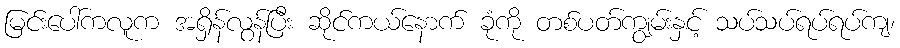
မြင်းပေါ်ကလူက အရှိန်လွန်ပြီး ဆိုင်ကယ်နောက် ခုံကို တစ်ပတ်ကျွမ်းနှင့် သပ်သပ်ရပ်ရပ်ကျ၊